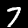
Label: 7